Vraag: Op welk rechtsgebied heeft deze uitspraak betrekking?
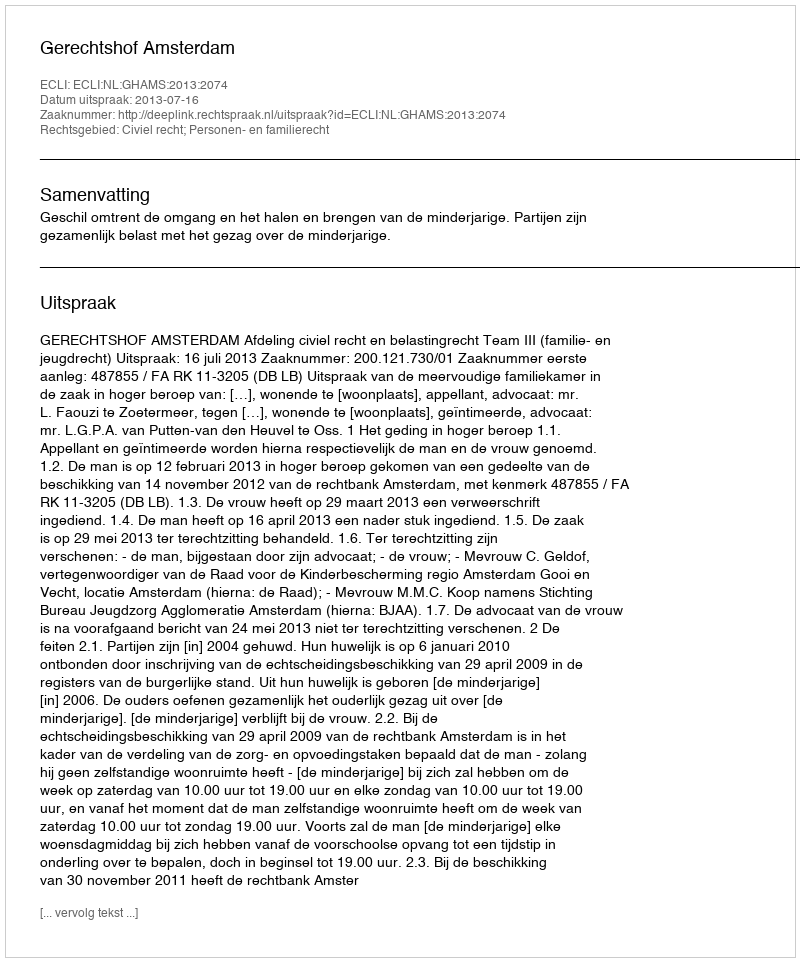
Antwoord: Civiel recht; Personen- en familierecht